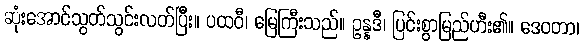
ဆုံးအောင်သွတ်သွင်းလတ်ပြီး။ ပထဝီ၊ မြေကြီးသည်။ ဥန္နဒီ၊ ပြင်းစွာမြည်ဟီး၏။ ဒေဝတာ၊